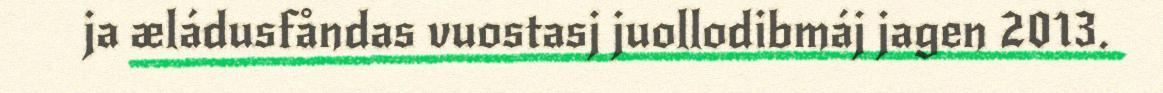
ja æládusfåndas vuostasj juollodibmáj jagen 2013.